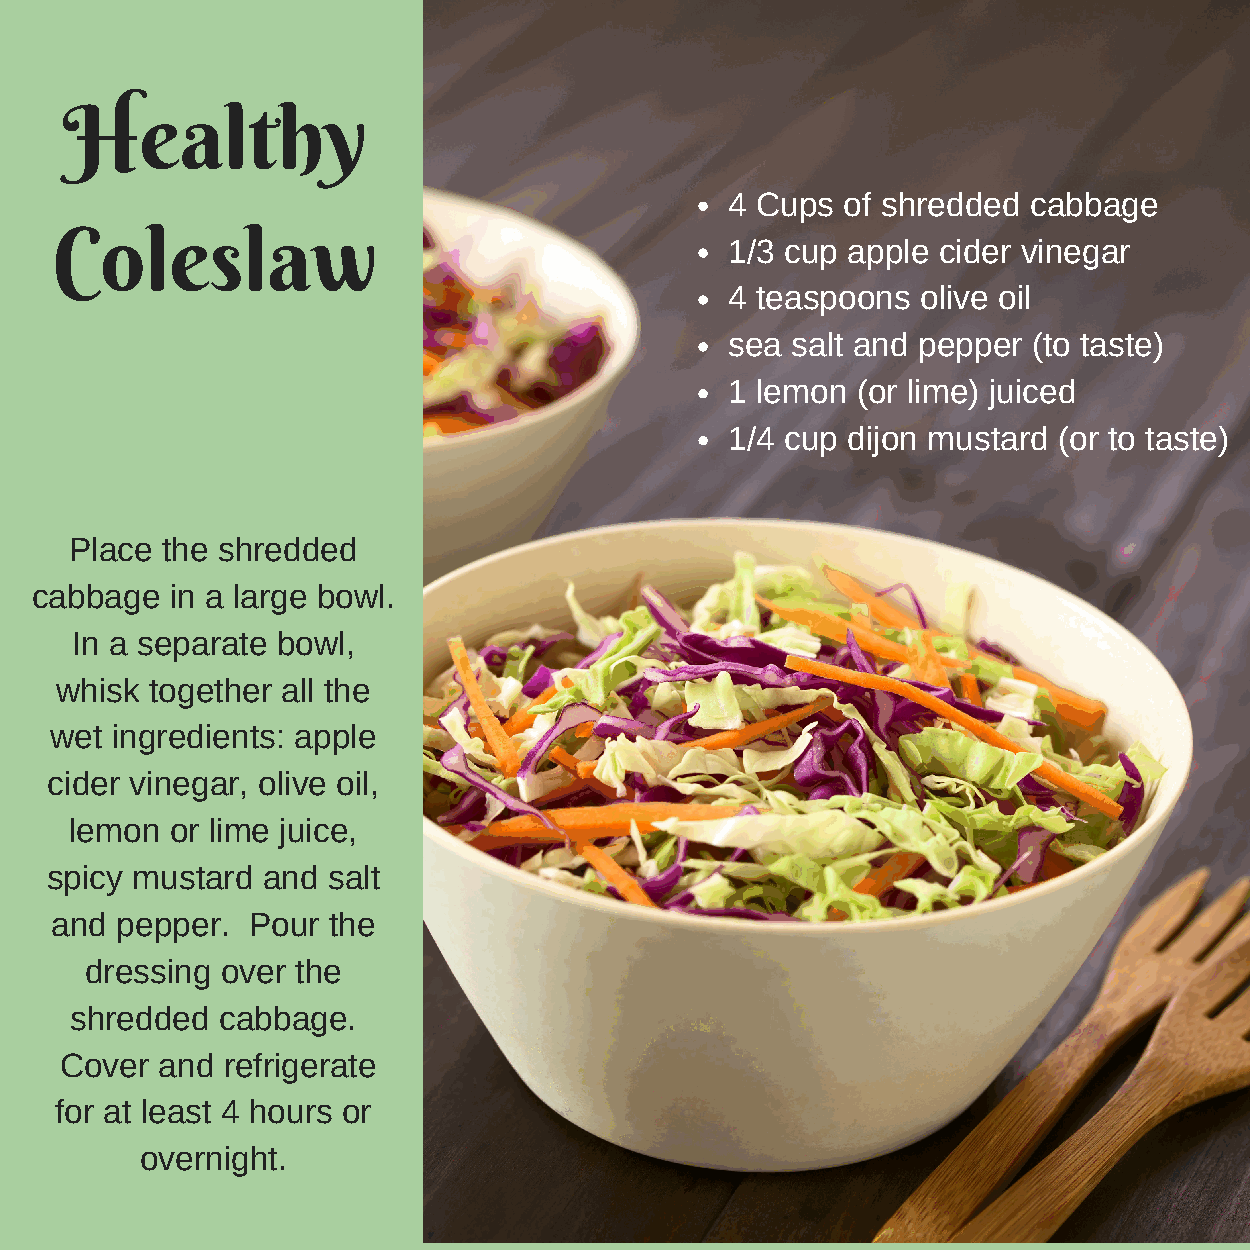
Healthy
 4 Cups  of shredded cabbage
 Coleslaw
 1/3 cup apple cider vinegar
 4 teaspoons  olive oil
 sea salt and pepper (to taste)
 1 lemon  (or lime) juiced
 1/4 cup dijon mustard (or to taste)
 Place the shredded
 cabbage  in a large bowl.
 In a separate bowl,
 whisk together all the
 wet ingredients: apple
 cider vinegar, olive oil,
 lemon or lime juice,
 spicy mustard and  salt
 and  pepper. Pour  the
 dressing over the
 shredded cabbage.
 Cover and  refrigerate
 for at least 4 hours or
 overnight.